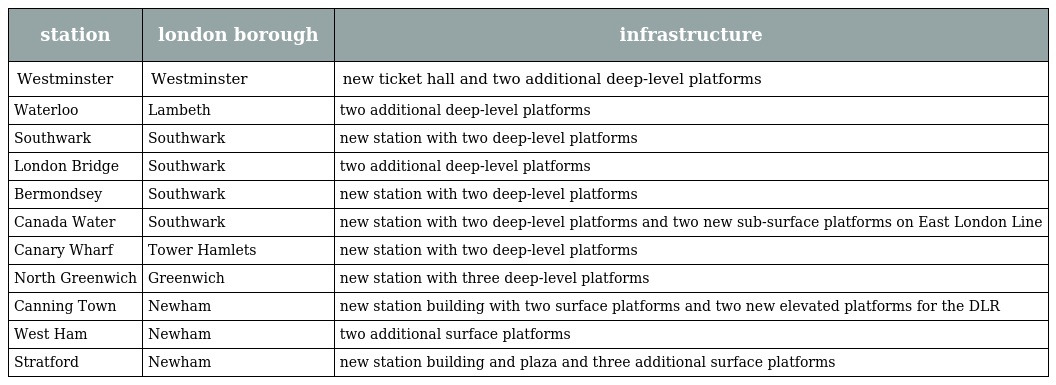
| station | london borough | infrastructure |
 | --- | --- | --- |
 | Westminster | Westminster | new ticket hall and two additional deep-level platforms |
 | Waterloo | Lambeth | two additional deep-level platforms |
 | Southwark | Southwark | new station with two deep-level platforms |
 | London Bridge | Southwark | two additional deep-level platforms |
 | Bermondsey | Southwark | new station with two deep-level platforms |
 | Canada Water | Southwark | new station with two deep-level platforms and two new sub-surface platforms on East London Line |
 | Canary Wharf | Tower Hamlets | new station with two deep-level platforms |
 | North Greenwich | Greenwich | new station with three deep-level platforms |
 | Canning Town | Newham | new station building with two surface platforms and two new elevated platforms for the DLR |
 | West Ham | Newham | two additional surface platforms |
 | Stratford | Newham | new station building and plaza and three additional surface platforms |